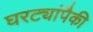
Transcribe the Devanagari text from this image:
घरट्यांपैकी